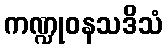
ကဏ္ဍုဝနသဒိသံ